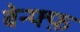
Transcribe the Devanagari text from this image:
बेन्फ्फ़